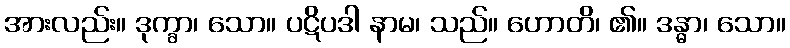
အားလည်း။ ဒုက္ခာ၊ သော။ ပဋိပဒါ နာမ၊ သည်။ ဟောတိ၊ ၏။ ဒန္ဓာ၊ သော။